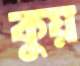
কুয়